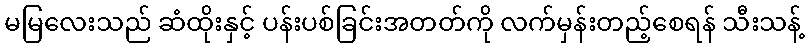
မမြလေးသည် ဆံထိုးနှင့် ပန်းပစ်ခြင်းအတတ်ကို လက်မှန်းတည့်စေရန် သီးသန့်